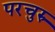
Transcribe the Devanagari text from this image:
परचुरु